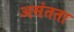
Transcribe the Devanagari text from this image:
असंतता